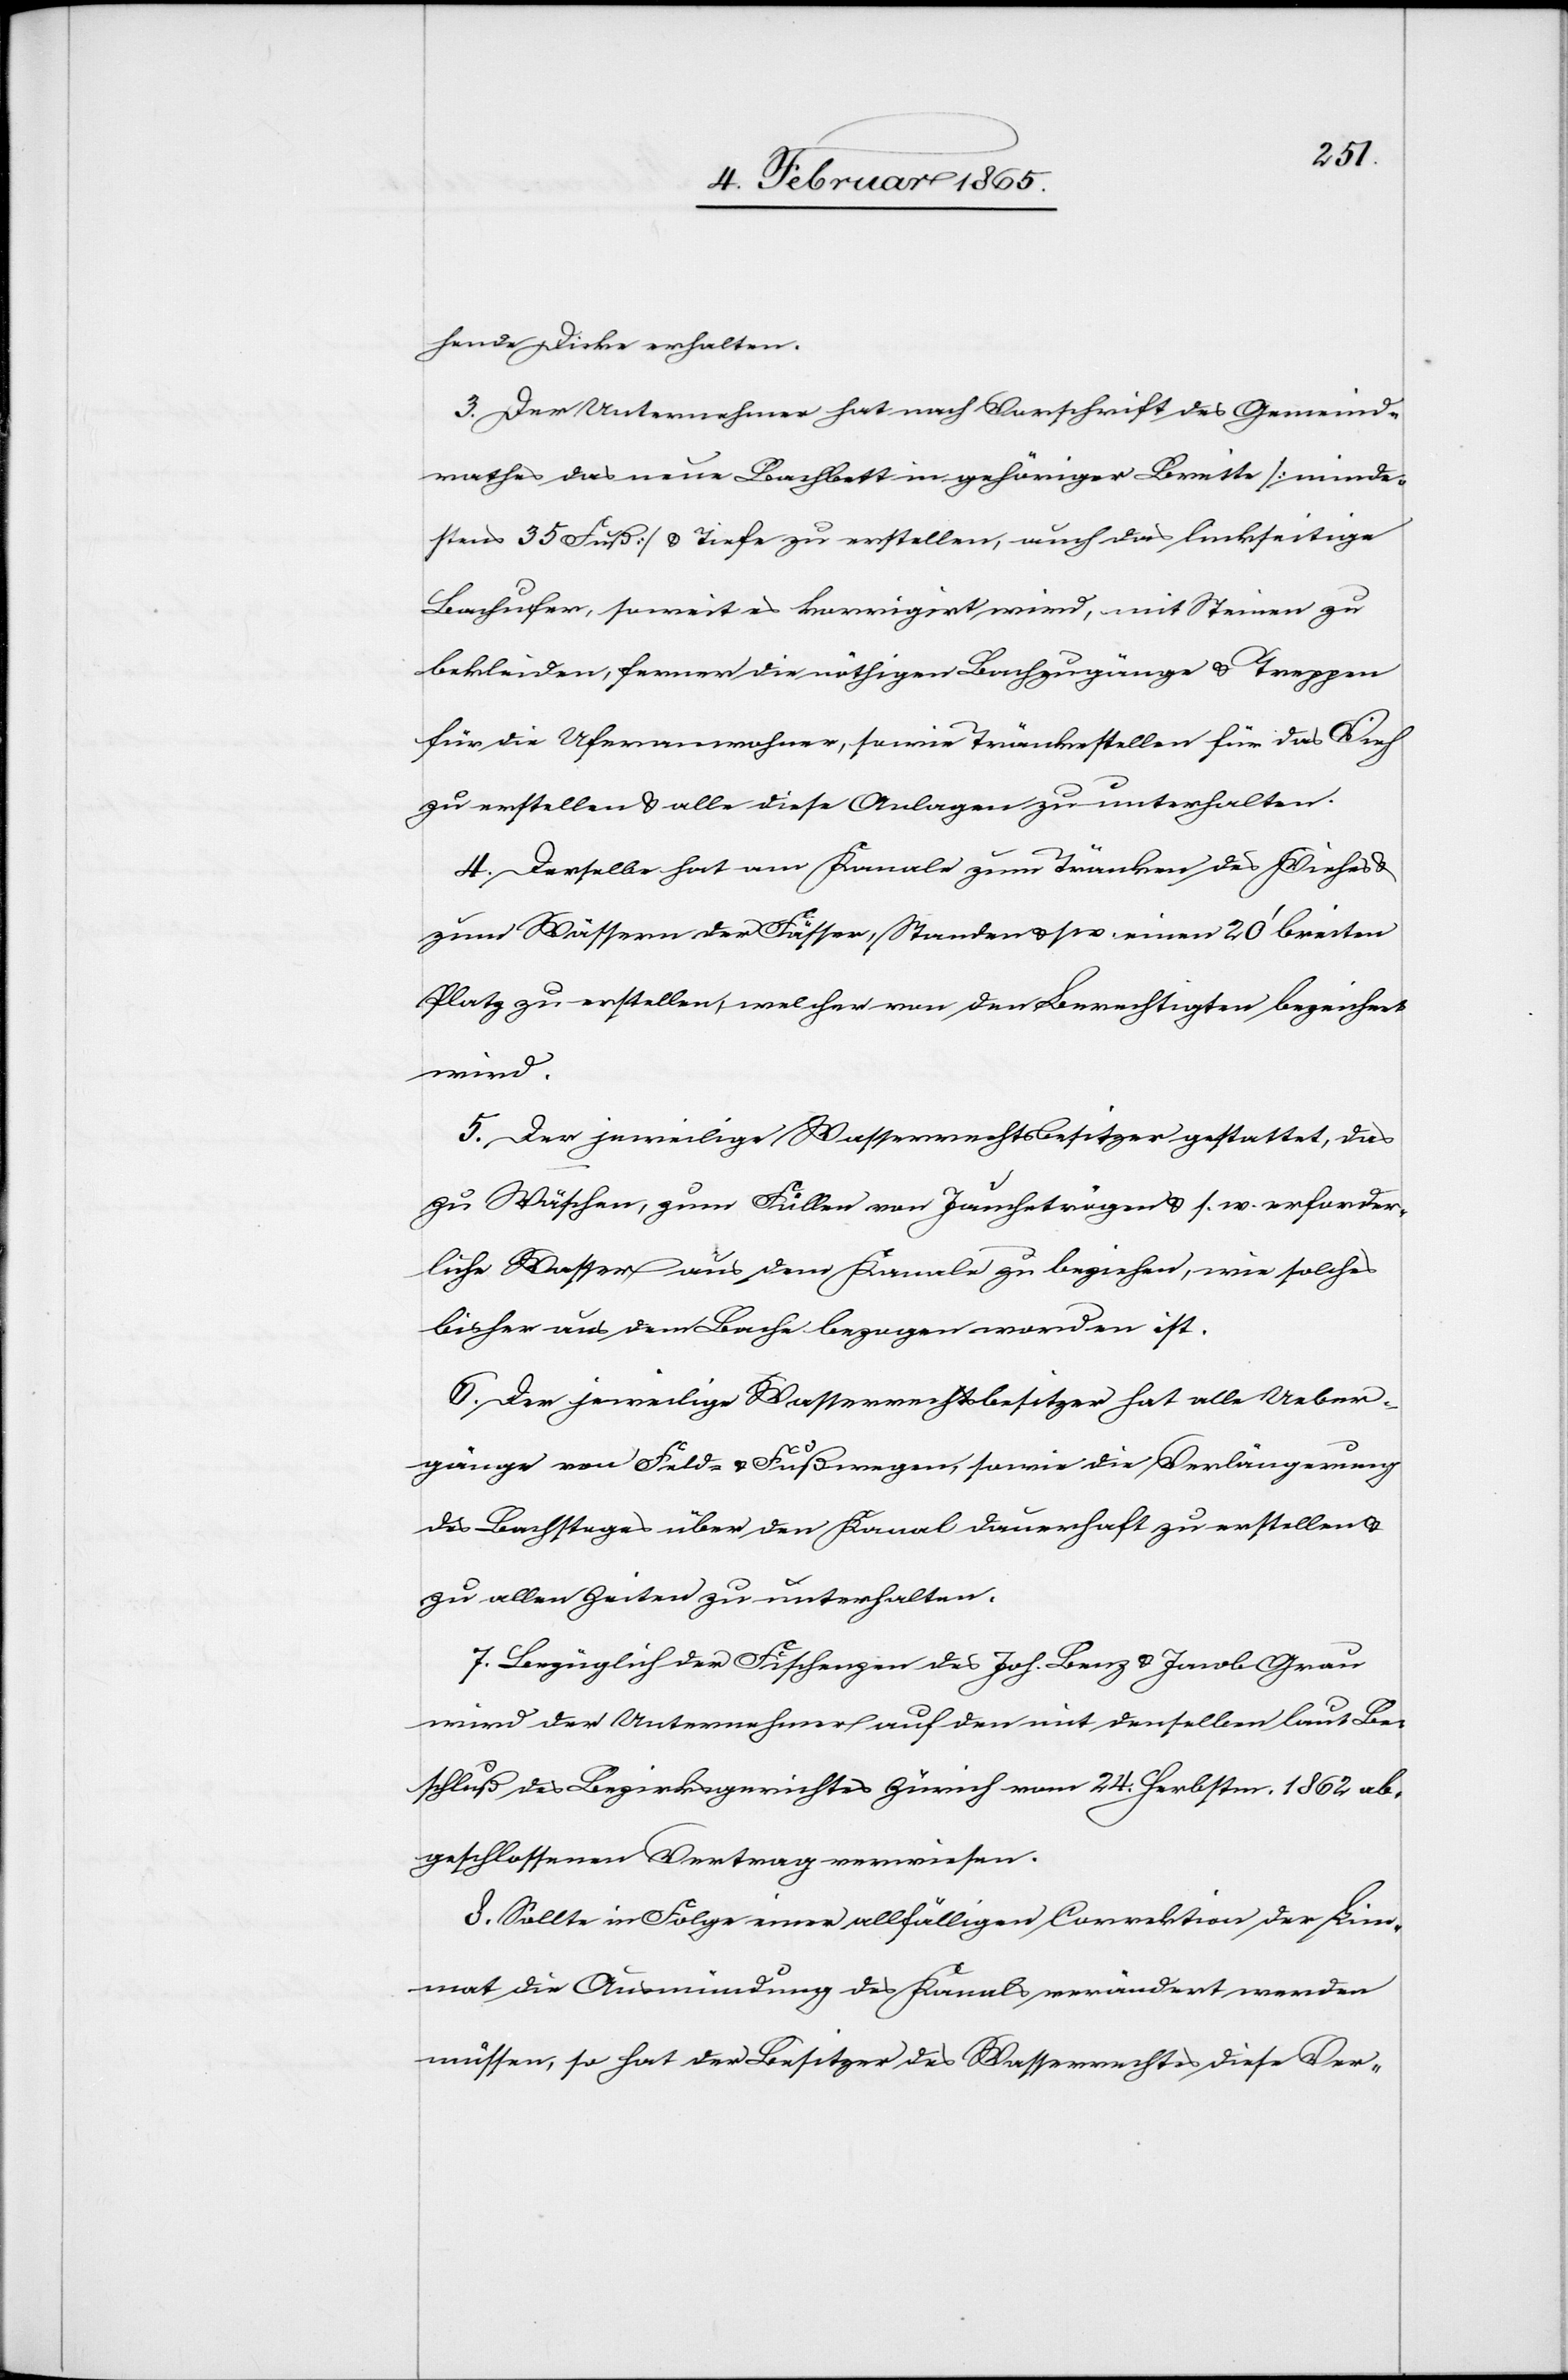
hende Dicke erhalten.
3. Der Unternehmer hat nach Vorschrift des Gemeind¬
rathes das neue Bachbett in gehöriger Breite [minde¬
stens 35 Fuß] u. Tiefe zu erstellen, auch das linkseitige
Bachufer, soweit es korrigirt wird, mit Steinen zu
bekleiden, ferner die nöthigen Bachzugänge u. Treppen
für die Uferanwohner, sowie Tränkestellen für das Vieh
zu erstellen u. alle diese Anlagen zu unterhalten.
4. Derselbe hat am Kanale zum Tränken des Viehes
zum Wässern der Fässer, Standen u. s. w. einen 20’ breiten
Platz zu erstellen, welcher von den Berechtigten bezeichnet
wird.
5. Der jeweilige Wasserrechtsbesitzer gestattet, das
zu Wäschen, zum Füllen von Jauchetrögen u. s. w. erforder¬
liche Wasser aus dem Kanale zu beziehen, wie solches
bisher aus dem Bache bezogen worden ist.
6. Der jeweilige Wasserrechtsbesitzer hat alle Ueber¬
gänge von Feld- u. Fußwegen, sowie die Verlängerung
des Bachsteges über den Kanal dauerhaft zu erstellen u.
zu allen Zeiten zu unterhalten.
7. Bezüglich der Fischenzen des Joh. Benz u. Jacob Grau
wird der Unternehmer auf den mit denselben laut Be¬
schluß des Bezirksgerichtes Zürich vom 24. Herbstm. 1862 ab¬
geschlossenen Vertrag verwiesen.
8. Sollte in Folge einer allfälligen Correktion der Lim¬
mat die Ausmündung des Kanals verändert werden
müssen, so hat der Besitzer des Wasserrechtes diese Ver-